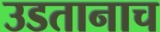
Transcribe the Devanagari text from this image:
उडतानाच